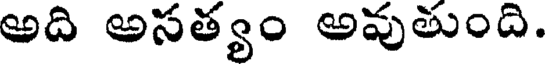
అది అసత్యం అవుతుంది.